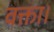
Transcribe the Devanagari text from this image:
वक्ता।